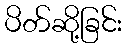
ပိတ်ဆို့ခြင်း